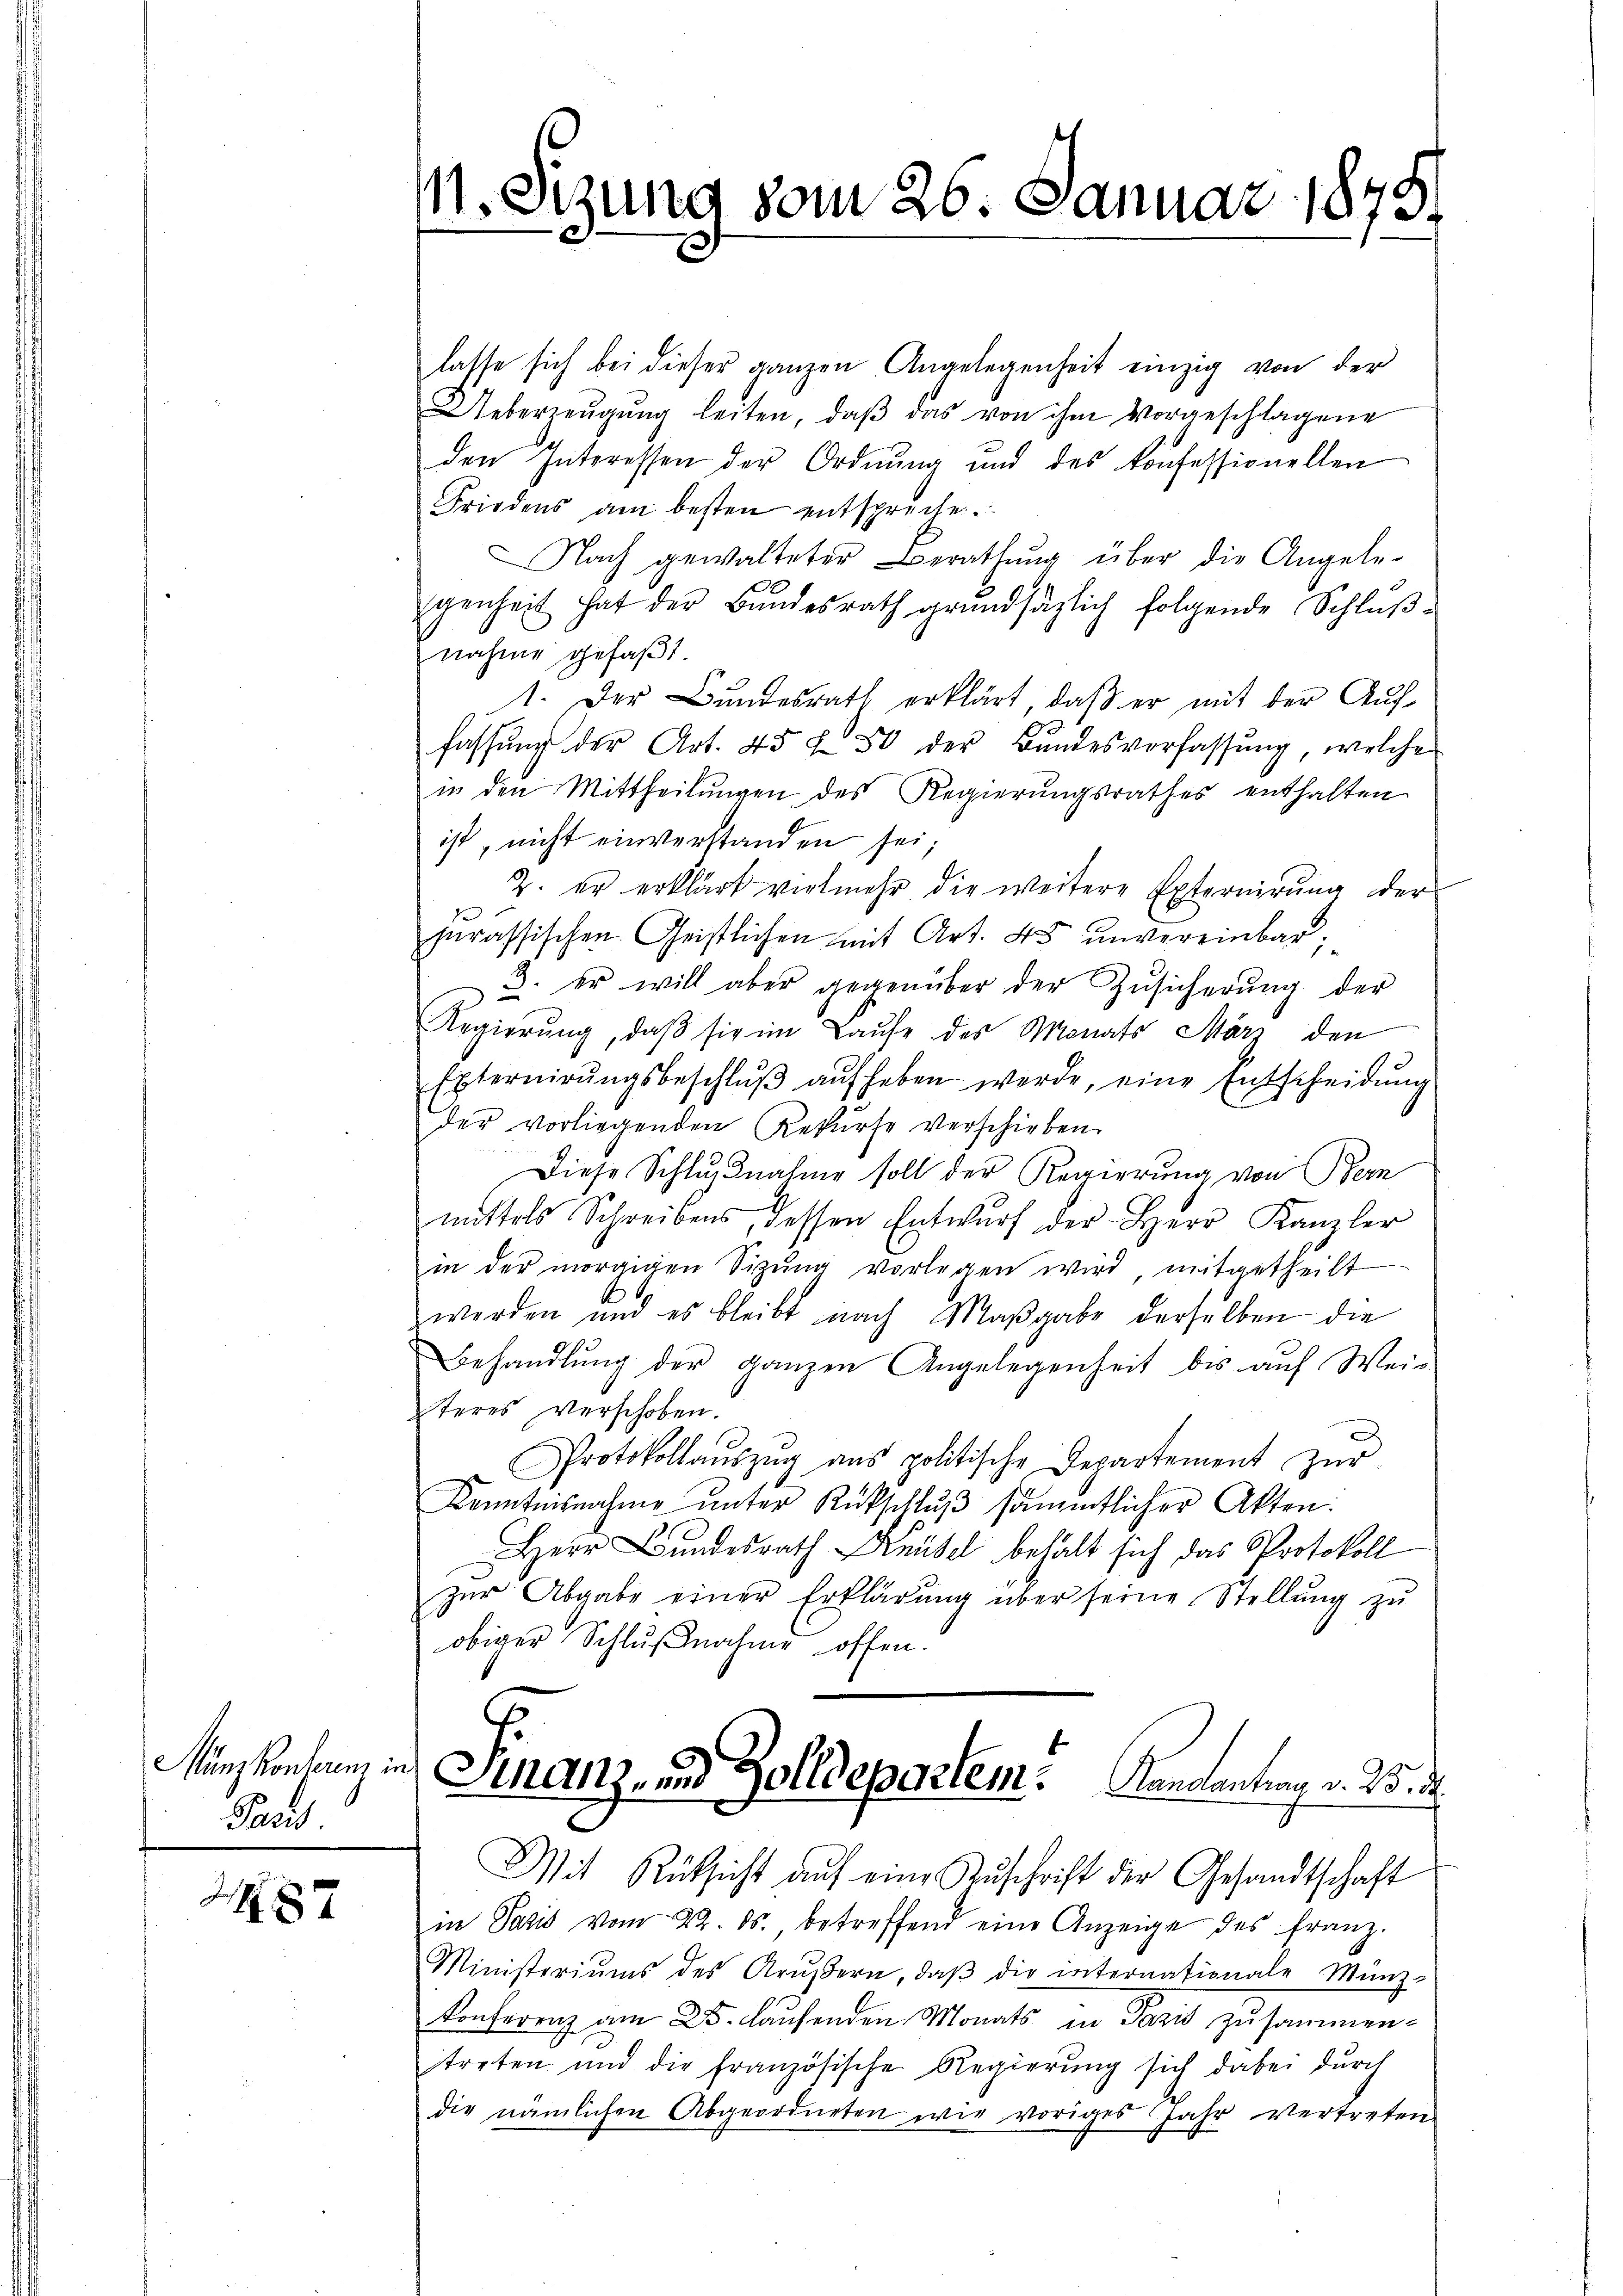
Münzkonferenz
Paris

287

11. Sizung vom 26. Januar 1875.

lasse sich bei dieser ganzen Angelegenheit einzig von der
Ueberzeŭgŭng leiten, daβ das von ihm vorgeschlagene
den Interessen der Ordnung und des konfessionellen
Friedens am besten entspreche.
Nach gewalteter Berathŭng über die Angele-
genheit hat der Bŭndesrath grundsätzlich folgende Schlŭβ-
nahme gefaβt.
1. Der Bundesrath erklärt, daβ er mit der Auf-
fassŭng der Art. 45 f 50 der Bŭndesverfassŭng, welche
in den Mittheilŭngen des Regierungsrathes enthalten
ist, nicht einverstanden sei;
2. er erklärt vielmehr die weitere Externirung der
jurassischen Geistlichen mit Art. 45 unvereinbar;
3. er will aber gegenüber der Zŭsicherŭng der
z
Regierung, daß sie im Laufe des Monats März den
Externirŭngsbeschlŭβ aŭf heben werde, eine Entscheidŭng
der vorliegenden Rekurse verschieben.
Diese Schlußnahme soll der Regierung von Bern
mittels Schreibens, dessen Entwurf der Herr Kanzler
in der morgigen Sizŭng vorlegen wird, mitgetheilt
werden und es bleibt nach Maβgabe derselben die
Behandlŭng der ganzen Angelegenheit bis auf Weis
teres verschoben.
Protokollaŭszŭg ans politische Departement zŭr
Kenntnisnahme unter Rückschluß sämmtlicher Akten.
Herr Bundesrath Knüsel behalt sich das Protokoll
zŭr Abgabe einer Erklärŭng über seine Stellŭng zŭ
obiger Schlußnahme offen.
Sinanz- und Zolldepartem. Kancanton v. B. d.
Mit Rüksicht auf eine Zŭschrift der Gesandtschaft
in Paris vom 22. ds. betreffend eine Anzeige des franz.
Ministeriums des Arŭβern, daβ die internationale Münz-
Konferenz am 25. Laufenden Monats in Pazis zusammen-
streten und die französische Regierŭng sich dabei durch
die nämlichen Abgeordneten wie voriges Jahr vertreten